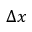
\Delta x